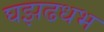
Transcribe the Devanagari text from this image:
घझढधभ